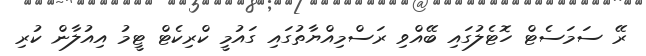
ރޭ ސަމަސެޓް ހޮޓެލުގައި ބޭއްވި ރަސްމިއްޔާތުގައި ގައުމީ ކްރިކެޓް ޓީމު އިއުލާން ކުރި